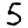
Digit: 5